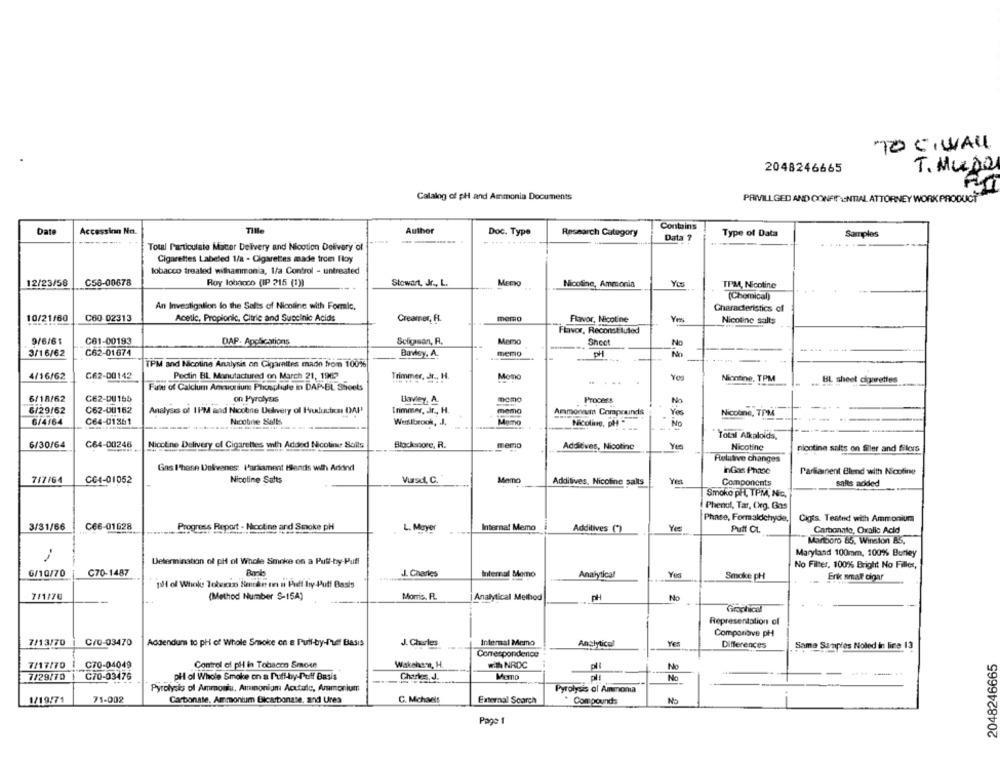
TO CIWALL
2048246665
T. MuDo
Catalog of pH and Ammonia Documents
PAMVILLGED AND CONFIDENTIAL ATTORNEY WORK PRODUCT
Tille
Contains
Date
Accessinn Nn.
Author
Doc. Type
Research Category
Data ?
Type of Data
Samples
Total Particulate Miiter Delivery and Nicotion Delivery of
Cigarettes Labeled 1/a - Cigarettes made trom Hoy
tobacco treated withammonia, 1/a Control - untreated
C58-00678
Roy lohncco (IP 215 (1))
Memo
12/23/58
Stewart, Jr ., L.
Nicoline, Ammonia
TPM, Nicotine
(Chemical)
An Investigation lo the Salis of Nicoline with Formic.
Characteristics of
10/21/60
C60 02313
Acetic, Propionic, Citric and Succinic Acids
Creamer, R.
Flavor, Nicotine
Nicoline salts
Flavor, Reconstituted
9/6/61
C61-00193
DAP. Applications
Selicasan, F.
Memo
Shoot
No
3/16/62
C62-01674
Bavisy. A.
memo
PH
No
......
TPM and Nicotine Analysis on Gigarnites made from 100%
C62-00142
4/16/62
Pectin BL Manutactured on March 21, 1962
Trimmer, Jr ., H.
Momo
.....
Yes
Nicotine, TPM
. UL sheet cigarettes
Fate of Calcium Amucium Phosphate in DAP-BL Sheets
6/18/62
C62-DU165
on Pyrolyas
Ihavey, A.
momo
Process
No
8/29/62
C62-OU162
Analysis of II'M and Nicobne Delivery of Hudutien DAP'
Trimmer, Jr ., H.
memo
Ammonavin Composinds
Yes
Nicotine, TPM
6/4/64
C64-01361
Nicotine Salts
Westbrook, J.
Momo
Nicoline, DH "
No
Total Alkaloids,
6/30/64
C64-00246
NiccEne Delivery of Cigarettes with Added Nicolinur Sails
Blockstore, R.
memo
Additives, Nicotine
Yes
Nicotine
nicotine salts on filler and filors
Relative changes
Gas I'hase Delivenes: Parliament Hlends with Ardry
IGas Phase
Parlament Blend with Noofine
7/7/64
CC4-01052
Nicotine Salts
Vursd, C.
Memo
Yes
Additives. Nicoline salts
Components
salts adided
Smoko pH, TPM, Nic,
Phenol, Tar, Cheg. Gas
Phase, Formaldehyde,
Cigts. Tested with Ammonium
CE6-01628
Internal Memo
3/31/66
Progress Report - Mocline and Smoke pH
L. Mayer
Additives ()
Puff CL.
Carbonato, Oxalic Acid
Marlboro 85, Winston 85,
Maryland 100mm, 100% Burley
Determination of pl of Whole Smoke on a Pull-by-Puff
No Filter, 100% Bright No Filler,
G/10/70
C70-1487
J. Charles
Internal Memo
Analytical
Smoke pH
Erik smal cigar
pill of Whole Tobacco Smtke nn n Put try-Puff Basis
7/1/70
(Method Numaber S-15A)
Morris. F.
|Analytical Method
PH
Representation of
Componiove pH
7/13/70
C/0-03470
Addendum to pH of Whole Smoke on a Pull-by-The Basis
J. Charles
Internal Memo
Analytical
Differences
Same Samples Noled in lire 13
Correspondence
2048246665
7/17/70
C70-04049
Control of pH in Tobacco Smou
Wakehe-4, H.
WANRDC
No
7/29/70
C70-03476
pHi of Whole Smoke on a Puff-by-Puff Basis
Memo
pl!
No
------
Pyrolysis of Ammoniu, Aminoniam Acutulc, Ammonium
Pyrolysis ol Ammona
1/19/71
71-002
Carbonate. Ammonium Bicarbonate, and Ures
C. Michavis
External Search
Compounds
No
Page 1